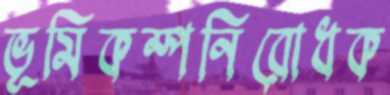
ভূমিকম্পনিরোধক